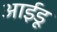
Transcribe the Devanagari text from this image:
आईडू